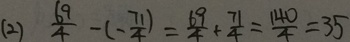
( 2 ) \frac { 6 9 } { 4 } - ( - \frac { 7 1 } { 4 } ) = \frac { 6 9 } { 4 } + \frac { 7 1 } { 4 } = \frac { 1 4 0 } { 4 } = 3 5